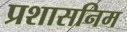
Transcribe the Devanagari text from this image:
प्रशासनिम